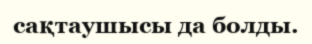
сақтаушысы да болды.